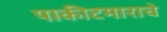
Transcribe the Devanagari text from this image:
पाकीटमाराचे